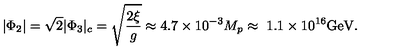
| \Phi _ { 2 } | = \sqrt 2 | \Phi _ { 3 } | _ { c } = \sqrt { \frac { 2 \xi } { g } } \approx 4 . 7 \times 1 0 ^ { - 3 } M _ { p } \approx \ 1 . 1 \times 1 0 ^ { 1 6 } \mathrm { G e V } .